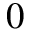
0